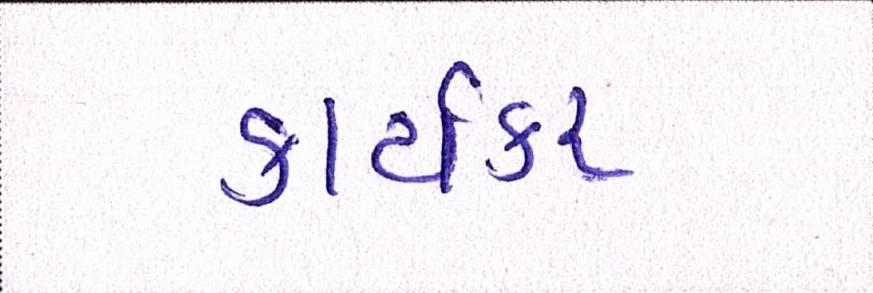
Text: કાર્યકર